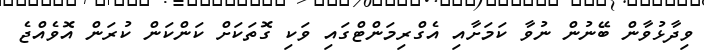
ވިދާޅުވާން ބޭނުން ނުވާ ކަމަށާއި އެގްރިމަންޓްގައި ވަކި ގޮތަކަށް ކަންކަން ކުރަން އޮވެއްޖެ